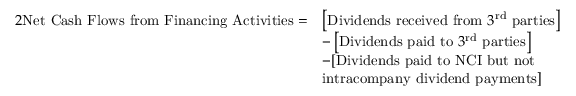
\begin{array} { r l } { { 2 } \mathrm { N e t ~ C a s h ~ F l o w s ~ f r o m ~ F i n a n c i n g ~ A c t i v i t i e s } = } & { \left[ \mathrm { D i v i d e n d s ~ r e c e i v e d ~ f r o m ~ } 3 ^ { \mathrm { r d } } \mathrm { ~ p a r t i e s } \right] } \\ & { - \left[ \mathrm { D i v i d e n d s ~ p a i d ~ t o ~ } 3 ^ { \mathrm { r d } } \mathrm { ~ p a r t i e s } \right] } \\ & { - [ \mathrm { D i v i d e n d s ~ p a i d ~ t o ~ N C I ~ b u t ~ n o t } } \\ & { \mathrm { i n t r a c o m p a n y ~ d i v i d e n d ~ p a y m e n t s } ] } \end{array}